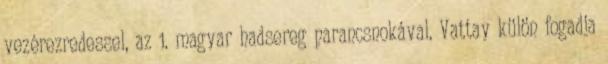
vezérezredessel, az 1. magyar hadsereg parancsnokával. Vattay külön fogadja